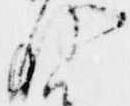
存